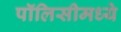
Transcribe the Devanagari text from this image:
पॉलिसीमध्ये